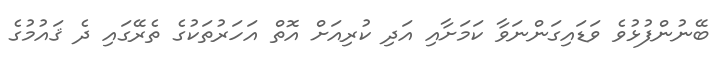
ބޭނުންފުޅުވެ ވަޑައިގަންނަވާ ކަމަށާއި އަދި ކުރިއަށް އޮތް އަހަރުތަކުގެ ތެރޭގައި ދެ ޤައުމުގެ